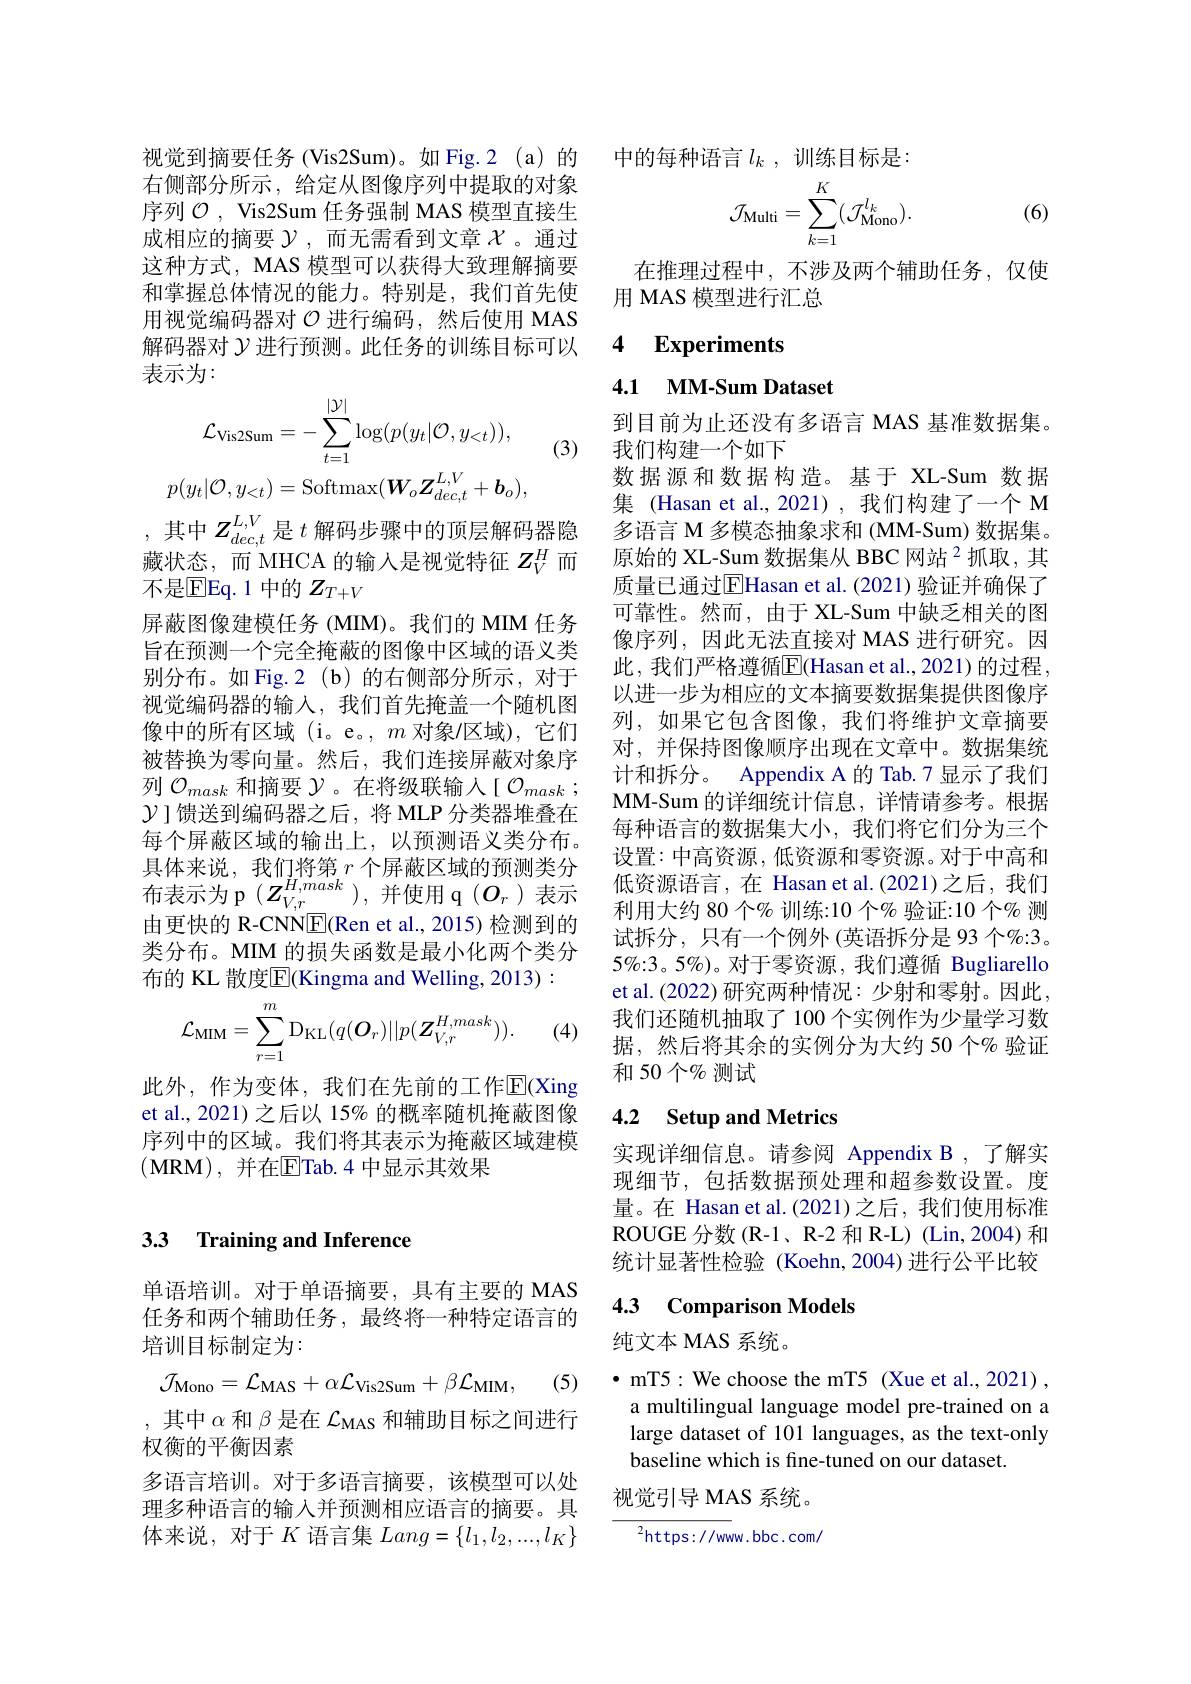
右侧部分所示，给定从图像序列中提取的对象序列$\mathcal{O}$, Vis2Sum 任务强制 MAS 模型直接生成相应的摘要$\mathcal{Y}$,而无需看到文章$\mathcal{X}$ 。通过这种方式，MAS 模型可以获得大致理解摘要和掌握总体情况的能力。特别是，我们首先使用视觉编码器对$\mathcal{O}$进行编码，然后使用 MAS 解码器对$\mathcal{Y}$进行预测。此任务的训练目标可以表示为：
$$\mathcal{L}_{\mathrm{Vis2Sum}}=-\sum_{t=1}^{|\mathcal{Y}|}\log(p(y_{t}|\mathcal{O},y_{<t})),\\p(y_{t}|\mathcal{O},y_{<t})=\mathrm{Softmax}(\boldsymbol{W}_{o}\boldsymbol{Z}_{dec,t}^{L,V}+\boldsymbol{b}_{o}),$$
(3)

其中$Z_{dec,t}^{L,V}$是$t$解码步骤中的顶层解码器隐藏状态，而 MHCA 的输入是视觉特征$Z_V^H$而不是$\mathbb{E}$Eq.1 中的 $Z_T+V$
屏蔽图像建模任务 (MIM)。我们的 MIM 任务旨在预测一个完全掩蔽的图像中区域的语义类别分布。如 Fig.2(b)的右侧部分所示，对于视觉编码器的输入，我们首先掩盖一个随机图像中的所有区域(i。e。, $m$对象/区域),它们被替换为零向量。然后，我们连接屏蔽对象序列$\mathcal{O}_{mask}$和摘要$\mathcal{Y}$。在将级联输人[ $\mathcal{O}_mask$ ; $\mathcal{Y}$ ]馈送到编码器之后，将 MLP 分类器堆叠在每个屏蔽区域的输出上，以预测语义类分布。具体来说，我们将第$r$ 个屏蔽区域的预测类分${\text{布表示为 p}}(Z_{V,r}^{H,mask})$,并使用 q$(O_{r})$表示由更快的 R-CNN$\underline{\mathrm{F}}($Ren et al., 2015) 检测到的类分布。MIM 的损失函数是最小化两个类分布的 KL 散度$\overline{\mathrm{E}}($Kingma and Welling, 2013):
$$\mathcal{L}_{\mathrm{MIM}}=\sum_{r=1}^{m}\mathrm{D}_{\mathrm{KL}}(q(O_{r})||p(\boldsymbol{Z}_{V,r}^{H,mask})).$$
(4)

此外，作为变体，我们在先前的工作$\mathbb{E}$(Xing et al., 2021) 之后以 15% 的概率随机掩蔽图像序列中的区域。我们将其表示为掩蔽区域建模$(\mathbf{MRM})$, 并在$\overline{\mathrm{E}}$Tab.4 中显示其效果

## 3.3 Training and Inference

单语培训。对于单语摘要，具有主要的 MAS 任务和两个辅助任务，最终将一种特定语言的培训目标制定为：
$$\mathcal{J}_{\mathrm{Mono}}=\mathcal{L}_{\mathrm{MAS}}+\alpha\mathcal{L}_{\mathrm{Vis2Sum}}+\beta\mathcal{L}_{\mathrm{MIM}},$$
(5)

,其中$\alpha$和$\beta$是在$\mathcal{L}_\mathrm{MAS}$和辅助目标之间进行
权衡的平衡因素
多语言培训。对于多语言摘要，该模型可以处理多种语言的输入并预测相应语言的摘要。具体来说，对于$K$语言集$Lang=\{l_1,l_2,...,l_K\}$

视觉到摘要任务(Vis2Sum)。如 Fig.2(a)的 中的每种语言$l_k$ ,训练目标是：
$$\mathcal{J}_{\mathrm{Multi}}=\sum_{k=1}^{K}(\mathcal{J}_{\mathrm{Mono}}^{l_{k}}).$$
(6)

在推理过程中，不涉及两个辅助任务，仅使
用 MAS 模型进行汇总

## 4 Experiments

### 4.1 $\textbf{MM- Sum Dataset}$

数据源和数据构造。基于 XL-Sum 数据集 (Hasan et al.,2021),我们构建了一个 M

到目前为止还没有多语言 MAS 基准数据集。
我们构建一个如下
多语言 M 多模态抽象求和 (MM-Sum) 数据集。原始的 XL-Sum 数据集从 BBC 网站 $^{2}$抓取，其质量已通过EHasan et al.(2021) 验证并确保了可靠性。然而，由于 XL-Sum 中缺乏相关的图像序列，因此无法直接对 MAS 进行研究。因此，我们严格遵循$\overline{\mathrm{E}}($Hasan et al.,2021)的过程， 以进一步为相应的文本摘要数据集提供图像序列，如果它包含图像，我们将维护文章摘要对，并保持图像顺序出现在文章中。数据集统计和拆分。Appendix A 的 Tab.7 显示了我们MM-Sum 的详细统计信息，详情请参考。根据每种语言的数据集大小，我们将它们分为三个设置：中高资源，低资源和零资源。对于中高和低资源语言，在 Hasan et al.(2021)之后，我们利用大约 80 个% 训练：10 个% 验证：10 个% 测试拆分，只有一个例外(英语拆分是 93 个%:3。5%:3。5%)。对于零资源，我们遵循 Bugliarello et al.(2022) 研究两种情况：少射和零射。因此， 我们还随机抽取了 100 个实例作为少量学习数据，然后将其余的实例分为大约 50 个% 验证和50个%测试

## 4.2 Setup and Metrics

实现详细信息。请参阅 Appendix B ,了解实现细节，包括数据预处理和超参数设置。度量。在 Hasan et al.(2021)之后，我们使用标准ROUGE 分数(R-1、R-2 和 R-L)(Lin,2004)和统计显著性检验(Koehn,2004)进行公平比较

### 4.3 Comparison Models

纯文本 MAS 系统。

$\bullet$ mT5: We choose the mT5 (Xue et al.,2021) , a multilingual language model pre-trained on a large dataset of 101 languages, as the text-only baseline which is fine-tuned on our dataset.
视觉引导 MAS 系统。

${}^{2}$https://www.bbc.com/